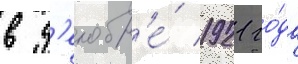
в д'екабр'е́ 1921 го́да